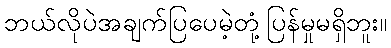
ဘယ်လိုပဲအချက်ပြပေမဲ့တုံ့ပြန်မှုမရှိဘူး။